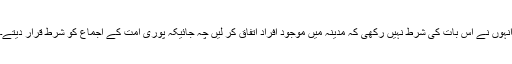
انہوں نے اس بات کی شرط نہیں رکھی کہ مدینہ میں موجود افراد اتفاق کر لیں چہ جائیکہ پوری امت کے اجماع کو شرط قرار دیتے۔